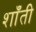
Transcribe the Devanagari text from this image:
शाँती